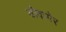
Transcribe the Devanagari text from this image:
डोवागेर